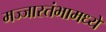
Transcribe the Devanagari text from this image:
मज्जास्तंभामध्ये